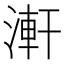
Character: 𣺕